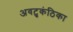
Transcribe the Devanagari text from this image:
अवटुकंठिका